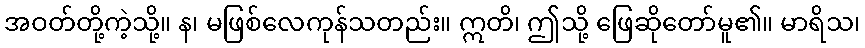
အဝတ်တို့ကဲ့သို့။ န၊ မဖြစ်လေကုန်သတည်း။ ဣတိ၊ ဤသို့ ဖြေဆိုတော်မူ၏။ မာရိသ၊